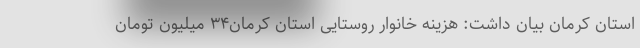
استان کرمان بیان داشت: هزینه خانوار روستایی استان کرمان۳۴ میلیون تومان